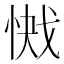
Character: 𭝞